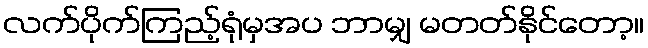
လက်ပိုက်ကြည့်ရုံမှအပ ဘာမျှ မတတ်နိုင်တော့။